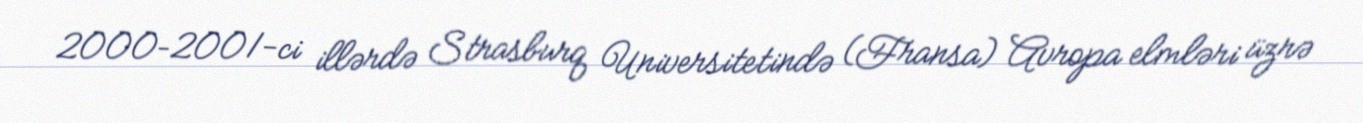
2000–2001-ci illərdə Strasburq Universitetində (Fransa) Avropa elmləri üzrə